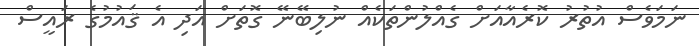
ނަމަވެސް އުތުރު ކޮރެއާއަށް ގެއްލުންތަކެއް ނުލިބޭނޭ ގޮތަށް އަދި އެ ޤައުމުގެ ރައީސް